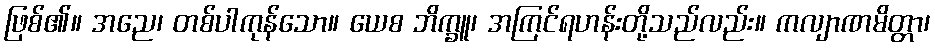
ဖြစ်၏။ အညေ၊ တစ်ပါကုန်သော။ ယေစ ဘိက္ခူ၊ အကြင်ရဟန်းတို့သည်လည်း။ ကလျာဏမိတ္တာ၊